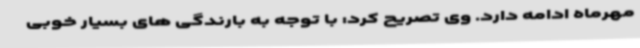
مهرماه ادامه دارد. وی تصریح کرد: با توجه به بارندگی های بسیار خوبی